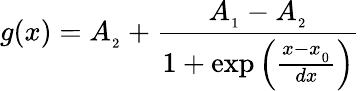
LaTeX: g(x)=A_{_{2}}+\frac{A_{_{1}}-A_{_{2}}}{1+\exp\left(\frac{x-x_{_{0}}}{dx}\right)}